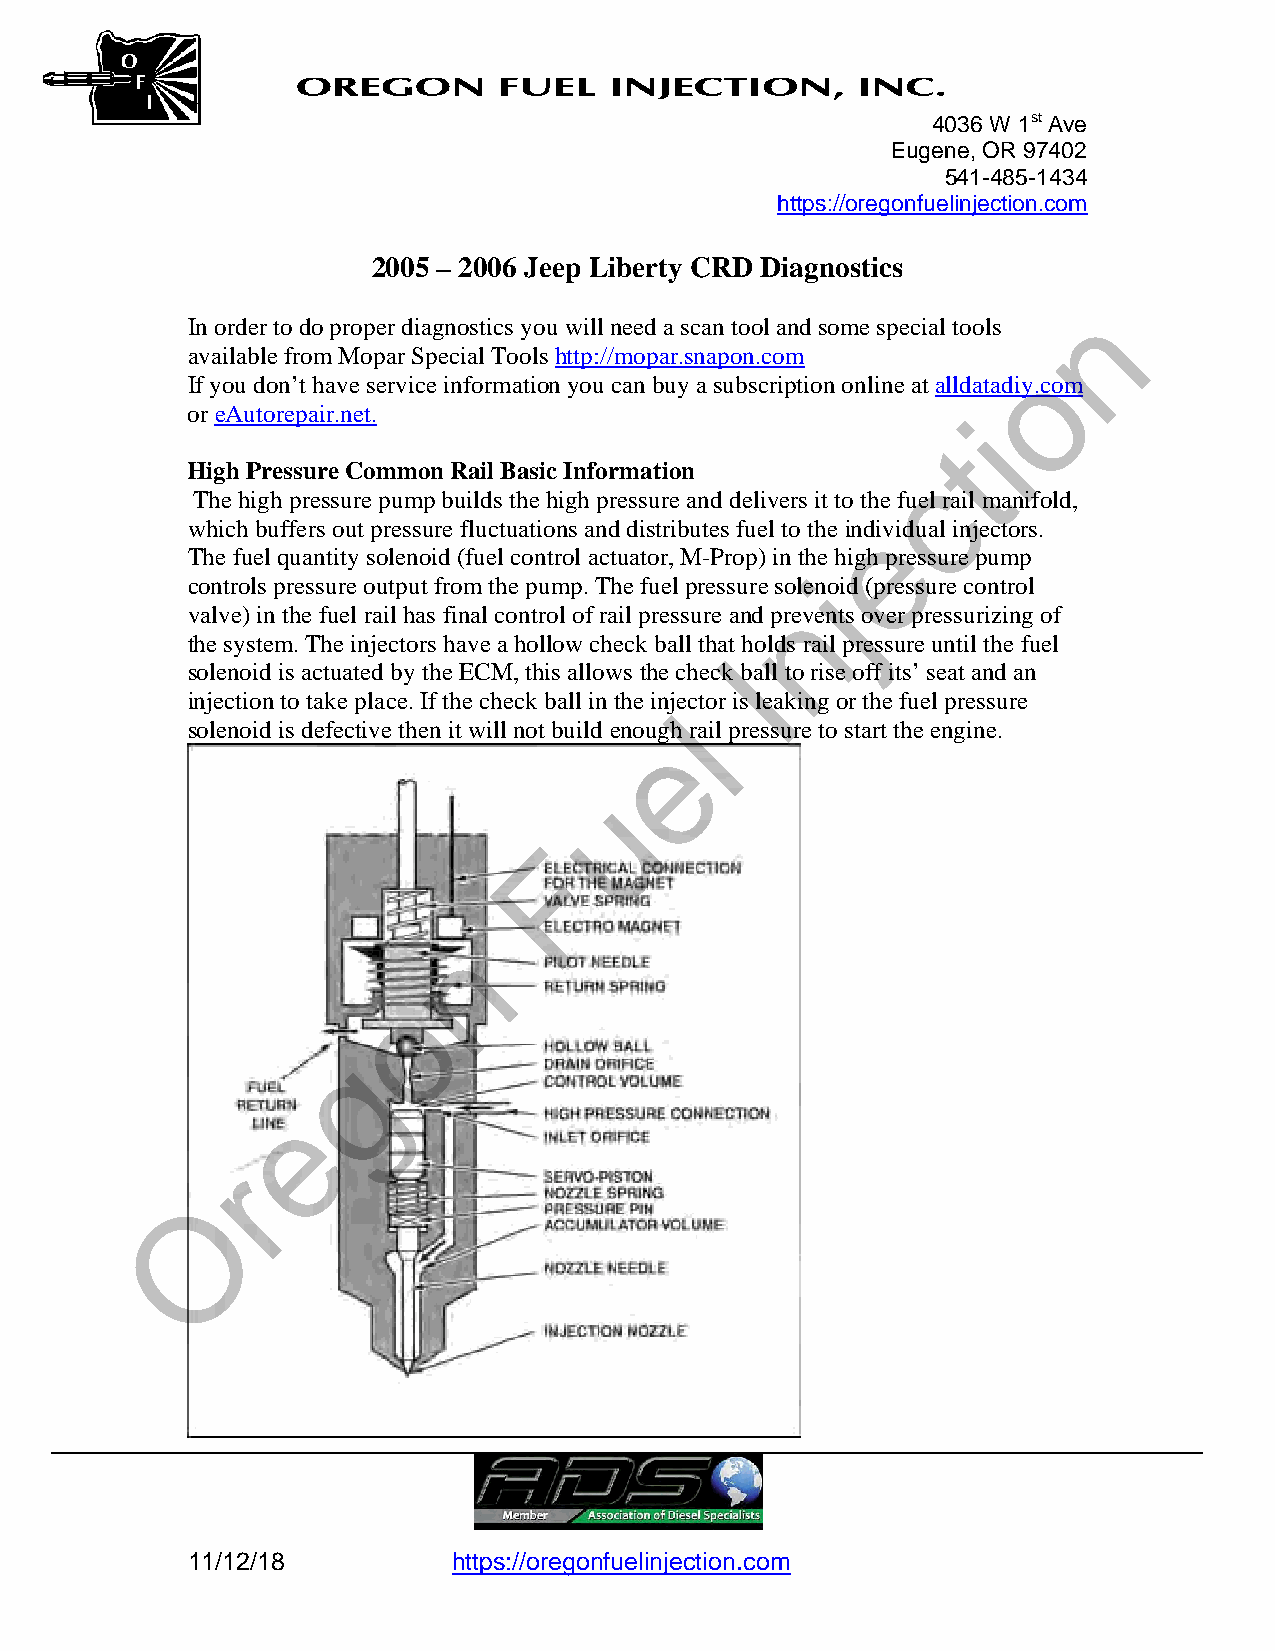

 4036 W 1st Ave
 Eugene, OR 97402
 541-485-1434
 https://oregonfuelinjection.com
 2005 – 2006 Jeep Liberty CRD Diagnostics
 n
 In order to do proper diagnostics you will need a scan tool and some special tools
 available from Mopar Special Tools http://mopar.snapon.com o
 If you don’t have service information you can buy a subscription online at alldatadiy.com
 or eAutorepair.net.                                 i
 t
 High Pressure Common Rail Basic Information     c
 The high pressure pump builds the high pressure and delivers it to the fuel rail manifold,
 e
 which buffers out pressure fluctuations and distributes fuel to the individual injectors.
 The fuel quantity solenoid (fuel control actuator, M-Prop) in the high pressure pump
 j
 controls pressure output from the pump. The fuel pressure solenoid (pressure control
 n
 valve) in the fuel rail has final control of rail pressure and prevents over pressurizing of
 the system. The injectors have a hollow check ball that holds rail pressure until the fuel
 I
 solenoid is actuated by the ECM, this allows the check ball to rise off its’ seat and an
 injection to take place. If the check ball in the injector is leaking or the fuel pressure
 l
 solenoid is defective then it will not build enouegh rail pressure to start the engine. 
 u
 F
 n
 o
 g
 e
 r
 O
 
 11/12/18          https://oregonfuelinjection.com